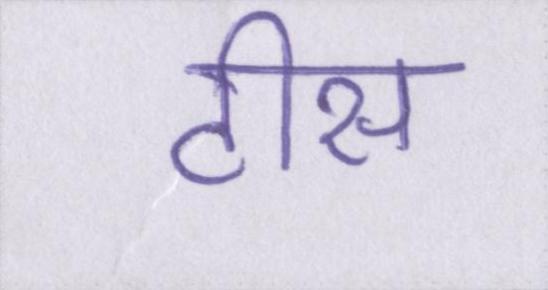
टीस